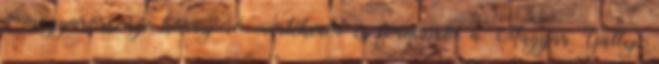
a magyarországi korrupció mértékéről és formáiról a Magyar Gallup